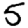
Digit: 5